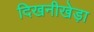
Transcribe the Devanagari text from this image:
दिखनीखेड़ा